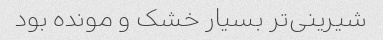
شیرینی‌تر بسیار خشک و مونده بود